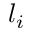
l _ { i }